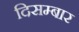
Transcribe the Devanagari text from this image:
दिसम्बार